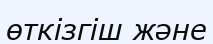
өткізгіш және